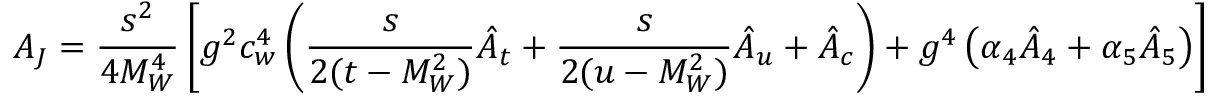
A _ { J } = \displaystyle \frac { s ^ { 2 } } { 4 M _ { W } ^ { 4 } } \left[ { g ^ { 2 } c _ { w } ^ { 4 } } \left( \frac { s } { 2 ( t - M _ { W } ^ { 2 } ) } \hat { A } _ { t } + \frac { s } { 2 ( u - M _ { W } ^ { 2 } ) } \hat { A } _ { u } + \hat { A } _ { c } \right) + g ^ { 4 } \left( \alpha _ { 4 } \hat { A } _ { 4 } + \alpha _ { 5 } \hat { A } _ { 5 } \right) \right]